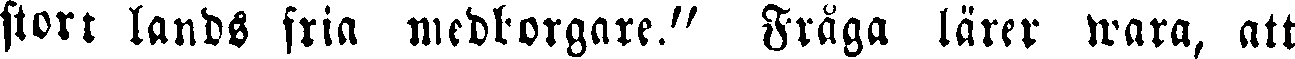
stort lands fria medborgare." Fråga lärer wara, att